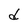
Character: d